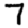
Digit: 7